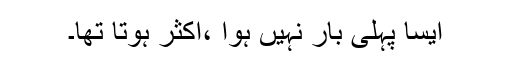
ایسا پہلی بار نہیں ہوا ،اکثر ہوتا تھا۔